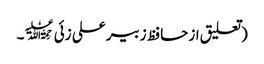
(تعلیق از حافظ زبیر علی زئی﷫۔